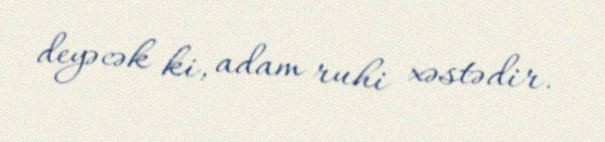
deyəcək ki, adam ruhi xəstədir.